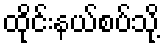
ထိုင်းနယ်စပ်သို့